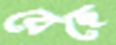
বেছে